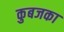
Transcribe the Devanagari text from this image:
कुबजका